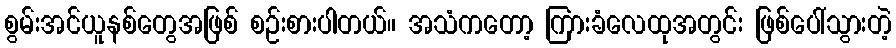
စွမ်းအင်ယူနစ်တွေအဖြစ် စဉ်းစားပါတယ်။ အသံကတော့ ကြားခံလေထုအတွင်း ဖြစ်ပေါ်သွားတဲ့